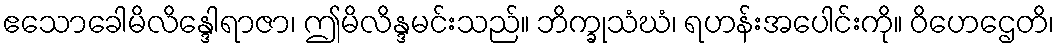
ဧသောခေါမိလိန္ဒေါရာဇာ၊ ဤမိလိန္ဒမင်းသည်။ ဘိက္ခုသံဃံ၊ ရဟန်းအပေါင်းကို။ ဝိဟေဌေတိ၊